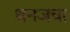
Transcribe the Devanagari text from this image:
धनजचा